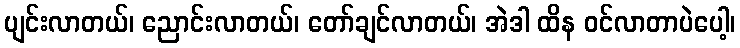
ပျင်းလာတယ်၊ ညောင်းလာတယ်၊ တော်ချင်လာတယ်၊ အဲဒါ ထိန ဝင်လာတာပဲပေါ့၊